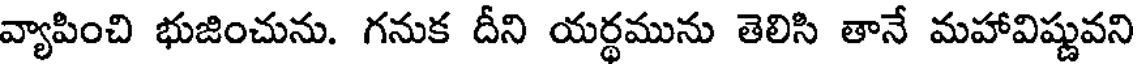
వ్యాపించి భుజించును. గనుక దీని యర్థమును తెలిసి తానే మహావిష్ణువని